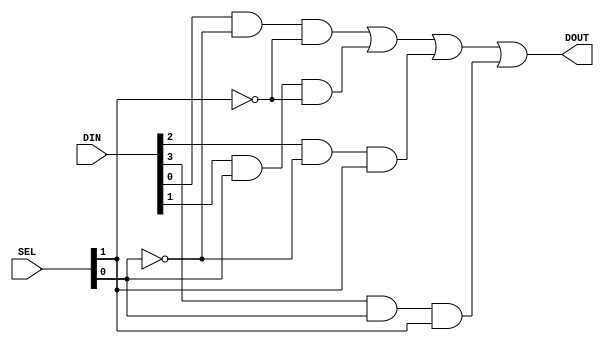
module mux_four_to_one
(
  input [3:0] DIN,
  input [1:0] SEL,
  output DOUT
);

  // Each output relies on the value of the select bits and the input bits
  assign DOUT = (DIN[0] & ~SEL[0] & ~SEL[1]) | (DIN[1] & SEL[0] & ~SEL[1]) | (DIN[2] & ~SEL[0] & SEL[1]) | (DIN[3] & SEL[0] & SEL[1]);
endmodule